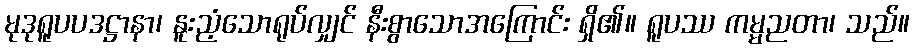
မုဒုရူပပဒဋ္ဌာနာ၊ နူးညံ့သောရုပ်လျှင် နီးစွာသောအကြောင်း ရှိ၏။ ရူပဿ ကမ္မညတာ၊ သည်။